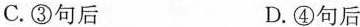
C.③句后 D.④句后